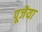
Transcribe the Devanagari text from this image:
पूजेया